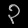
Digit: ၃